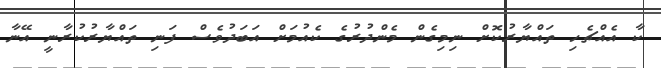
ކާ އެއްޗެހި ތައްޔާރުކޮށް ނިމިގެން މެންދުރުގެ ކެއުމަށް އަބަދުވެސް ފަނި ތައްޔާރުކުރާނީ އޭނާ